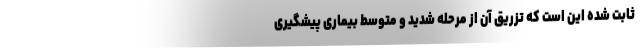
ثابت شده این است که تزریق آن از مرحله شدید و متوسط بیماری پیشگیری